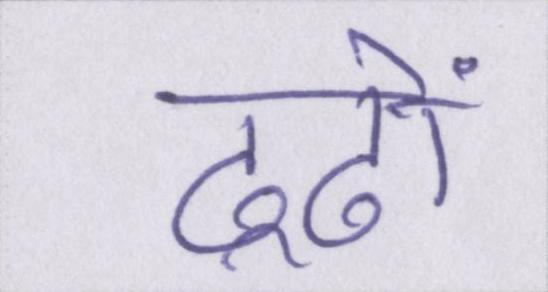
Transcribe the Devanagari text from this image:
ढूढों